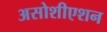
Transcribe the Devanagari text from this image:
असोशीएशन